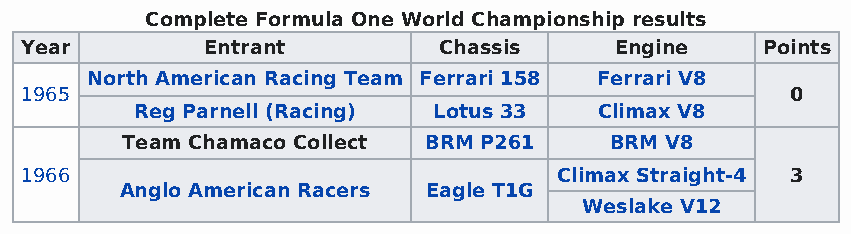
Complete Formula One World Championship results
 Year         Entrant        Chassis     Engine   Points
 North American Racing Team Ferrari 158 Ferrari V8
 1965                                               0
 Reg Parnell (Racing) Lotus 33  Climax V8
 Team Chamaco Collect BRM P261   BRM V8
 1966                                Climax Straight-4 3
 Anglo American Racers Eagle T1G
 Weslake V12